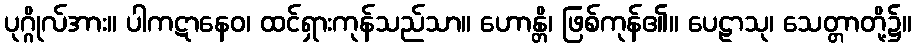
ပုဂ္ဂိုလ်အား။ ပါကဋာနေဝ၊ ထင်ရှားကုန်သည်သာ။ ဟောန္တိ၊ ဖြစ်ကုန်၏။ ပေဠာသု၊ သေတ္တာတို့၌။